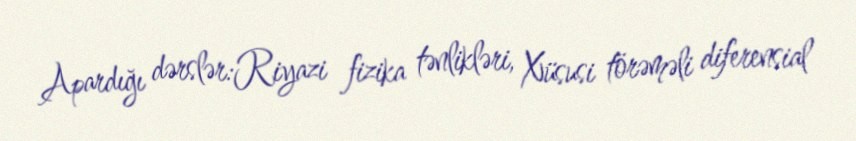
Apardığı dərslər:Riyazi fizika tənlikləri, Xüsusi törəməli diferensial